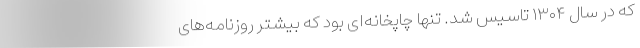
که در سال ۱۳۰۴ تاسیس شد. تنها چاپخانه‌ای بود که بیشتر روزنامه‌های